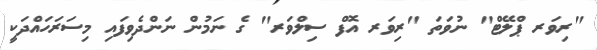
"ރިވަރ ޕްލޭޓް" ނުވަތަ "ރިވަރ އޮފް ސިލްވަރ" ގެ ނަމުން ނަންދެވިފައި މިސަރަހައްދަކީ